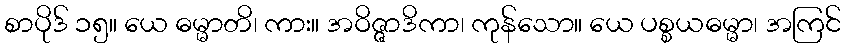
စာပိုဒ် ၁၅။ ယေ ဓမ္မာတိ၊ ကား။ အဝိဇ္ဇာဒိကာ၊ ကုန်သော။ ယေ ပစ္စယဓမ္မာ၊ အကြင်